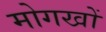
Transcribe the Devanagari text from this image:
मोगखों